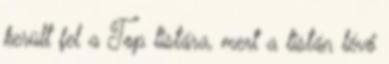
került fel a Top listára, mert a listán lévő